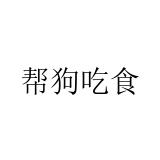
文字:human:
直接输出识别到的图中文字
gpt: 帮狗吃食